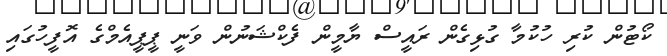
ކޯޓުން ކުރި ހުކުމާ ގުޅިގެން ރައީސް ޔާމީން ފެކްޝަނުން ވަނީ ޕީޕީއެމްގެ އޮފީހުގައި